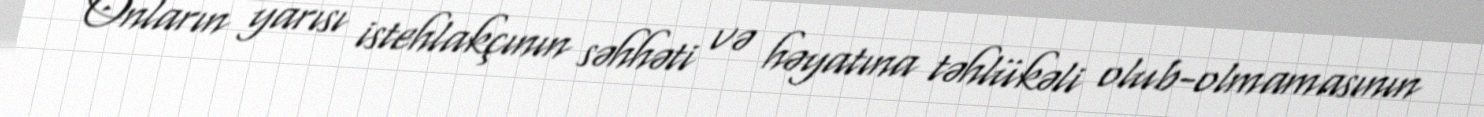
Onların yarısı istehlakçının səhhəti və həyatına təhlükəli olub-olmamasının